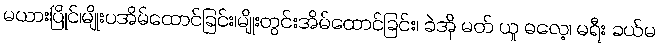
မယားပြိုင်၊မျိုးပအိမ်ထောင်ခြင်း၊မျိုးတွင်းအိမ်ထောင်ခြင်း၊ ခဲအို မတ် ယူ ဓလေ့၊ မရီး ခယ်မ